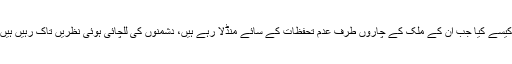
عمران خان کی ہمت کی داد بھی دینی پڑے گی کہ انہوں نے ایسے وقت یہ اتنا بڑا چیلنج قبول کیسے کیا جب ان کے ملک کے چاروں طرف عدم تحفظات کے سائے منڈلا رہے ہیں، دشمنوں کی للچائی ہوئی نظریں تاک رہیں ہیں اور اندر باہر بیشتر عناصر ملک کی سالمیت کو زک پہنچانے میں حسب عادت مصروف ہیں۔